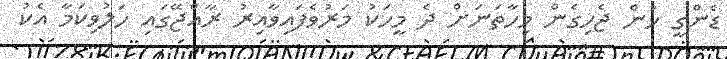
ޑެންގީ ހުން ޖެހިގެން މިހާތަނަށް ދެ މީހަކު މަރުވެފައިވާއިރު ރާއްޖޭގައި ހަލުވިކަމާ އެކު